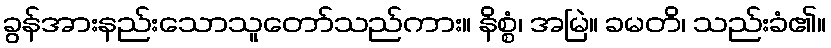
ခွန်အားနည်းသောသူတော်သည်ကား။ နိစ္စံ၊ အမြဲ။ ခမတိ၊ သည်းခံ၏။